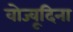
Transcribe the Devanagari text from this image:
वोज्वूदिना